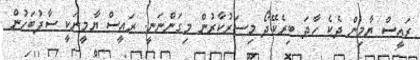
ރައީސް ޔާމިން ދެކެ ހާދަ ބިރެކޭދޯ މިސަރުކާރުން މިގަންނަނީ. ރައީސް ޔާމީނަކީ ސާފުބަހުން